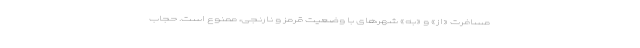
مسافرت «از» و «به» شهرهای با وضعیت قرمز و نارنجی، ممنوع است. حجاب